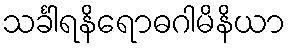
သင်္ခါရနိရောဓဂါမိနိယာ